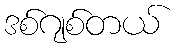
ဒစ်ဂျစ်တယ်